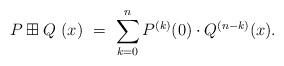
LaTeX: \begin{align*}P\boxplus Q \ (x) \ = \ \sum_{k=0}^{n} P^{(k)}(0)\cdot Q^{(n-k)}(x).\end{align*}